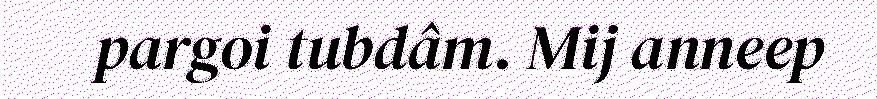
pargoi tubdâm. Mij anneep